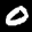
Label: 0